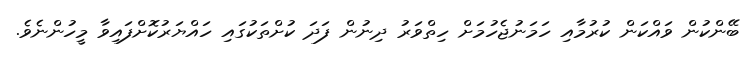
ބޭންކުން ވައްކަން ކުރުމާއި ހަމަނުޖެހުމަށް ހިތްވަރު ދިނުން ފަދަ ކުށްތަކުގައި ހައްޔަރުކޮށްފައިވާ މީހުންނެވެ.